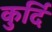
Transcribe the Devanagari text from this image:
कुर्दि